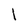
Character: l